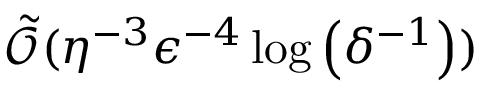
\tilde { \mathcal { O } } ( \eta ^ { - 3 } \epsilon ^ { - 4 } \log \left( \delta ^ { - 1 } \right) )